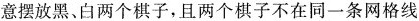
意摆放黑、白两个棋子，且两个棋子不在同一条网格线